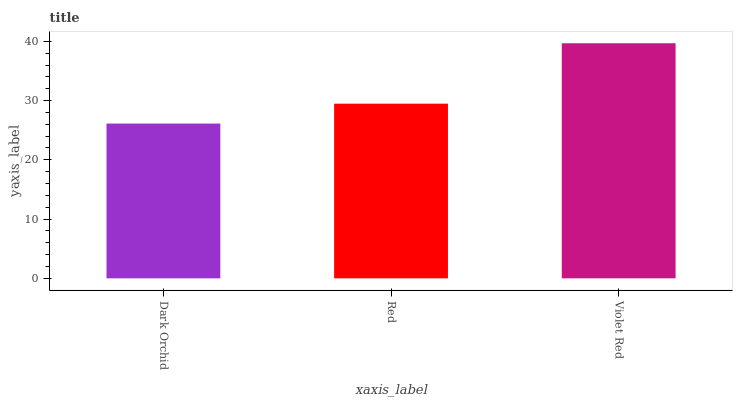
| xaxis_label | bars |
 | --- | --- |
 | Dark Orchid | 26.1 |
 | Red | 29.5 |
 | Violet Red | 39.7 |